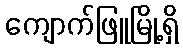
ကျောက်ဖြူမြို့ရှိ